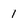
Character: 1